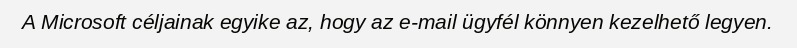
A Microsoft céljainak egyike az, hogy az e-mail ügyfél könnyen kezelhető legyen.